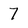
Character: 7